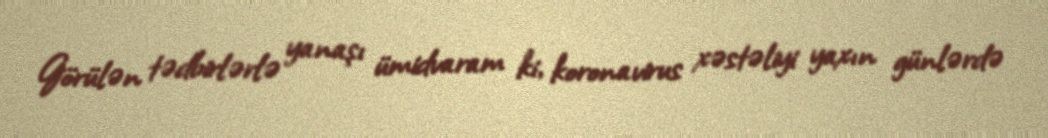
Görülən tədbirlərlə yanaşı ümidvaram ki, koronavirus xəstəliyi yaxın günlərdə